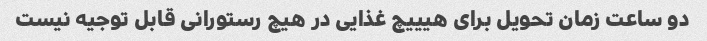
دو ساعت زمان تحویل برای هیییچ غذایی در هیچ رستورانی قابل توجیه نیست